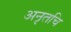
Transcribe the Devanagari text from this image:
अनृतचि